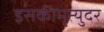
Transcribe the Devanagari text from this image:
इसकीमृत्युदर